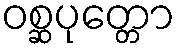
ဝစ္ဆပုတ္တော